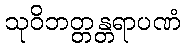
သုဝိဘတ္တန္တရာပဏံ